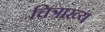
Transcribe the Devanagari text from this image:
चित्राख्य